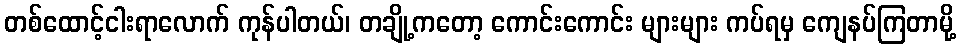
တစ်ထောင့်ငါးရာလောက် ကုန်ပါတယ်၊ တချို့ကတော့ ကောင်းကောင်း များများ ကပ်ရမှ ကျေနပ်ကြတာမို့